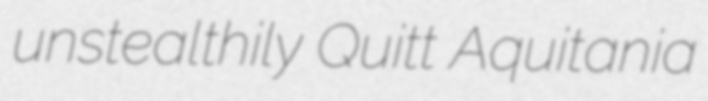
unstealthily Quitt Aquitania